Vaccination in Bombay 1856-1862 - 1856-1862
Year: 1856
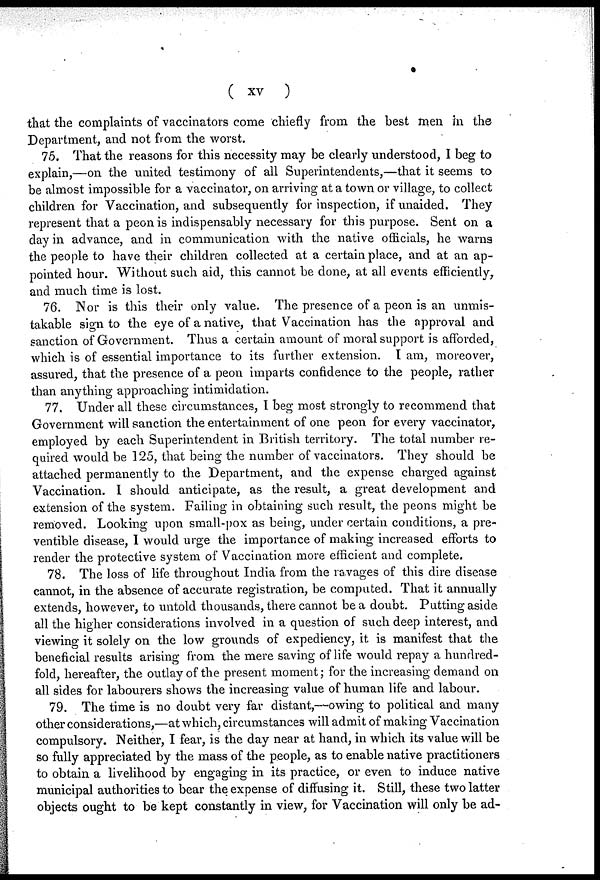
( xv )
that the complaints of vaccinators come chiefly from the best men in the
Department, and not from the worst.
75. That the reasons for this necessity may be clearly understood, I beg to
explain,—on the united testimony of all Superintendents,—that it seems to
be almost impossible for a vaccinator, on arriving at a town or village, to collect
children for Vaccination, and subsequently for inspection, if unaided. They
represent that a peon is indispensably necessary for this purpose. Sent on a
day in advance, and in communication with the native officials, he warns
the people to have their children collected at a certain place, and at an ap-
pointed hour. Without such aid, this cannot be done, at all events efficiently,
and much time is lost.
76. Nor is this their only value. The presence of a peon is an unmis-
takable sign to the eye of a native, that Vaccination has the approval and
sanction of Government. Thus a certain amount of moral support is afforded,
which is of essential importance to its further extension. I am, moreover,
assured, that the presence of a peon imparts confidence to the people, rather
than anything approaching intimidation.
77. Under all these circumstances, I beg most strongly to recommend that
Government will sanction the entertainment of one peon for every vaccinator,
employed by each Superintendent in British territory. The total number re-
quired would be 125, that being the number of vaccinators. They should be
attached permanently to the Department, and the expense charged against
Vaccination. I should anticipate, as the result, a great development and
extension of the system. Failing in obtaining such result, the peons might be
removed. Looking upon small-pox as being, under certain conditions, a pre-
ventible disease, I would urge the importance of making increased efforts to
render the protective system of Vaccination more efficient and complete.
78. The loss of life throughout India from the ravages of this dire disease
cannot, in the absence of accurate registration, be computed. That it annually
extends, however, to untold thousands, there cannot be a doubt. Putting aside
all the higher considerations involved in a question of such deep interest, and
viewing it solely on the low grounds of expediency, it is manifest that the
beneficial results arising from the mere saving of life would repay a hundred-
fold, hereafter, the outlay of the present moment; for the increasing demand on
all sides for labourers shows the increasing value of human life and labour.
79. The time is no doubt very far distant,—owing to political and many
other considerations,—at which, circumstances will admit of making Vaccination
compulsory. Neither, I fear, is the day near at hand, in which its value will be
so fully appreciated by the mass of the people, as to enable native practitioners
to obtain a livelihood by engaging in its practice, or even to induce native
municipal authorities to bear the expense of diffusing it. Still, these two latter
objects ought to be kept constantly in view, for Vaccination will only be ad-